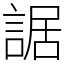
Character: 䛯